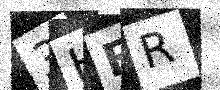
Text: 3HER